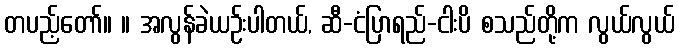
တပည့်တော်။ ။ အလွန်ခဲယဉ်းပါတယ်, ဆီ-ငံပြာရည်-ငါးပိ စသည်တို့က လွယ်လွယ်